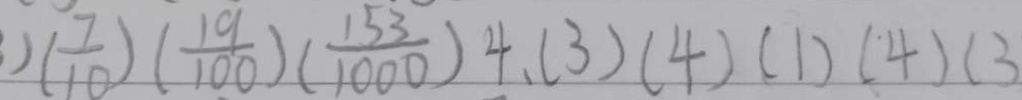
( \frac { 7 } { 1 0 } ) ( \frac { 1 9 } { 1 0 0 } ) ( \frac { 1 5 3 } { 1 0 0 0 } ) 4 . ( 3 ) ( 4 ) ( 1 ) ( 1 ) ( 4 ) ( 3 )